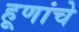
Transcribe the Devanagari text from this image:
हूणांचे